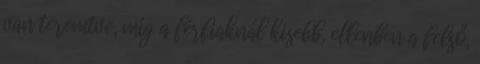
van teremtve, míg a férfiaknál kisebb, ellenben a felső,